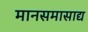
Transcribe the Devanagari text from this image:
मानसमासाद्य